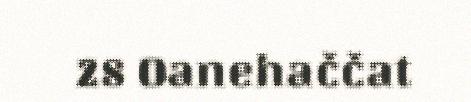
28 Oanehaččat